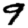
Digit: 9